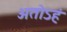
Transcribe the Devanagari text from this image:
अतोऽहं